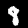
Label: 8